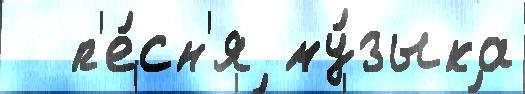
  п'е́сн'я му́зыка